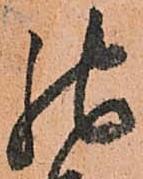
馳